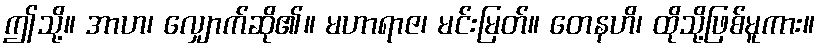
ဤသို့။ အာဟ၊ လျှောက်ဆို၏။ မဟာရာဇ၊ မင်းမြတ်။ တေနဟိ၊ ထိုသို့ဖြစ်မူကား။